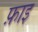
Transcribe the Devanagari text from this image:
फ़ाइ